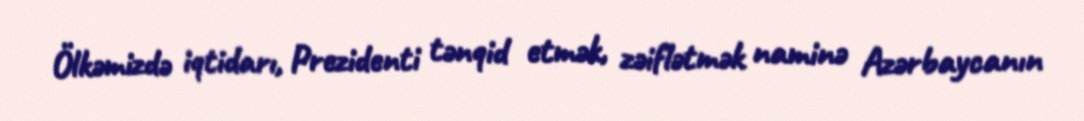
Ölkəmizdə iqtidarı, Prezidenti tənqid etmək, zəiflətmək naminə Azərbaycanın